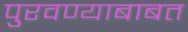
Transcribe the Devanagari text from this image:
पुरवण्याबाबत